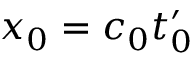
x _ { 0 } = c _ { 0 } t _ { 0 } ^ { \prime }